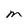
Character: M